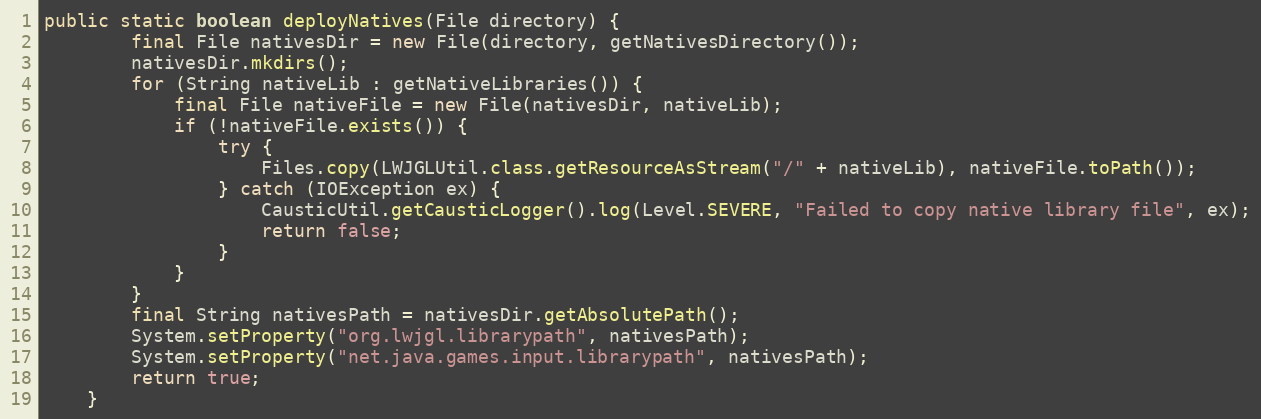
Language: Java
public static boolean deployNatives(File directory) {
        final File nativesDir = new File(directory, getNativesDirectory());
        nativesDir.mkdirs();
        for (String nativeLib : getNativeLibraries()) {
            final File nativeFile = new File(nativesDir, nativeLib);
            if (!nativeFile.exists()) {
                try {
                    Files.copy(LWJGLUtil.class.getResourceAsStream("/" + nativeLib), nativeFile.toPath());
                } catch (IOException ex) {
                    CausticUtil.getCausticLogger().log(Level.SEVERE, "Failed to copy native library file", ex);
                    return false;
                }
            }
        }
        final String nativesPath = nativesDir.getAbsolutePath();
        System.setProperty("org.lwjgl.librarypath", nativesPath);
        System.setProperty("net.java.games.input.librarypath", nativesPath);
        return true;
    }